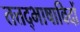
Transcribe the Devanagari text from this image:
तत्तद्भाषाविदों